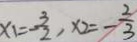
x _ { 1 } = - \frac { 3 } { 2 } , x _ { 2 } = - \frac { 2 } { 3 }